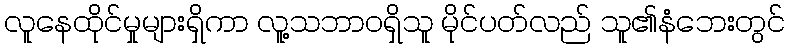
လူနေထိုင်မှုများရှိကာ လူ့သဘာဝရှိသူ မိုင်ပတ်လည် သူ၏နံဘေးတွင်